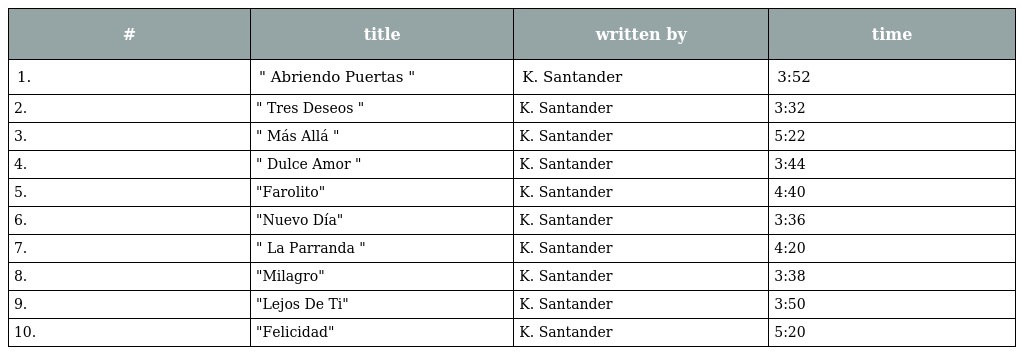
| # | title | written by | time |
 | --- | --- | --- | --- |
 | 1. | " Abriendo Puertas " | K. Santander | 3:52 |
 | 2. | " Tres Deseos " | K. Santander | 3:32 |
 | 3. | " Más Allá " | K. Santander | 5:22 |
 | 4. | " Dulce Amor " | K. Santander | 3:44 |
 | 5. | "Farolito" | K. Santander | 4:40 |
 | 6. | "Nuevo Día" | K. Santander | 3:36 |
 | 7. | " La Parranda " | K. Santander | 4:20 |
 | 8. | "Milagro" | K. Santander | 3:38 |
 | 9. | "Lejos De Ti" | K. Santander | 3:50 |
 | 10. | "Felicidad" | K. Santander | 5:20 |